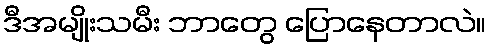
ဒီအမျိုးသမီး ဘာတွေ ပြောနေတာလဲ။